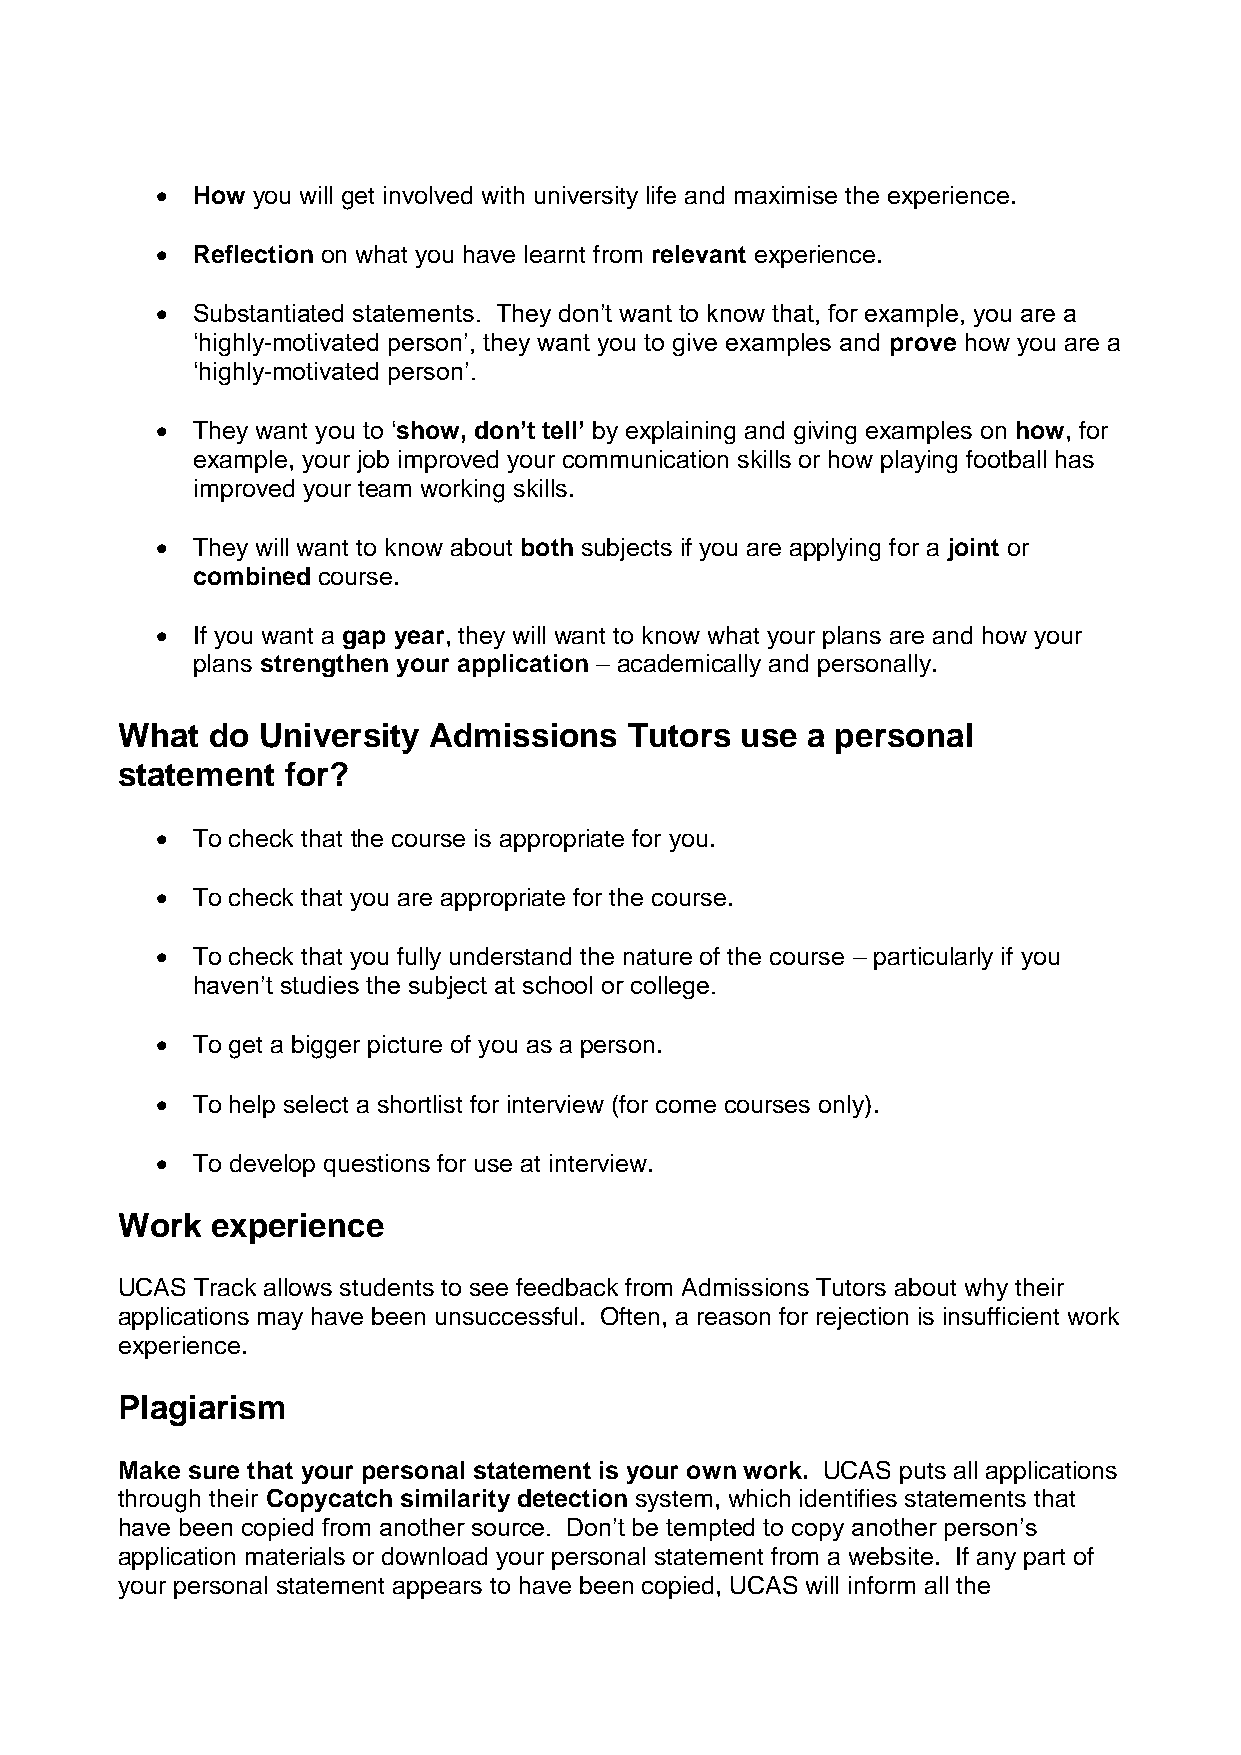
  How you will get involved with university life and maximise the experience.
   Reflection on what you have learnt from relevant experience.
   Substantiated statements. They don’t want to know that, for example, you are a
 ‘highly-motivated person’, they want you to give examples and prove how you are a
 ‘highly-motivated person’.
   They want you to ‘show, don’t tell’ by explaining and giving examples on how, for
 example, your job improved your communication skills or how playing football has
 improved your team working skills.
   They will want to know about both subjects if you are applying for a joint or
 combined course.
   If you want a gap year, they will want to know what your plans are and how your
 plans strengthen your application – academically and personally.
 What  do University Admissions    Tutors use a personal
 statement  for?
   To check that the course is appropriate for you.
   To check that you are appropriate for the course.
   To check that you fully understand the nature of the course – particularly if you
 haven’t studies the subject at school or college.
   To get a bigger picture of you as a person.
   To help select a shortlist for interview (for come courses only).
   To develop questions for use at interview.
 Work  experience
 UCAS Track allows students to see feedback from Admissions Tutors about why their
 applications may have been unsuccessful. Often, a reason for rejection is insufficient work
 experience.
 Plagiarism
 Make sure that your personal statement is your own work. UCAS puts all applications
 through their Copycatch similarity detection system, which identifies statements that
 have been copied from another source. Don’t be tempted to copy another person’s
 application materials or download your personal statement from a website. If any part of
 your personal statement appears to have been copied, UCAS will inform all the